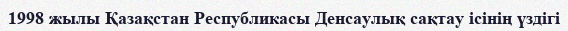
1998 жылы Қазақстан Республикасы Денсаулық сақтау ісінің үздігі